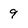
Character: 9